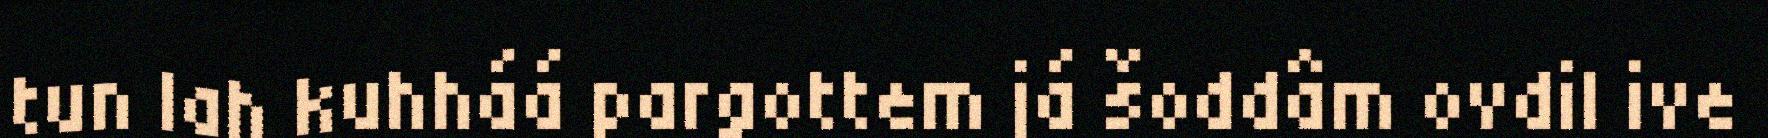
tun lah kuhháá pargottem já šoddâm ovdil ive